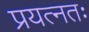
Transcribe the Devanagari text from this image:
प्रयत्नतः